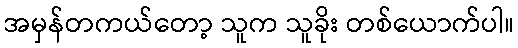
အမှန်တကယ်တော့ သူက သူခိုး တစ်ယောက်ပါ။